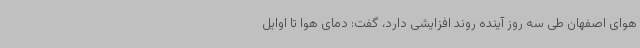
هوای اصفهان طی سه روز آینده روند افزایشی دارد، گفت: دمای هوا تا اوایل